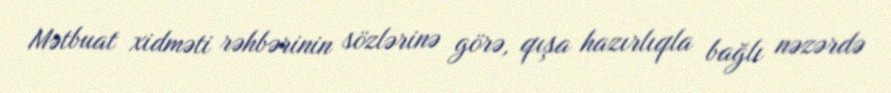
Mətbuat xidməti rəhbərinin sözlərinə görə, qışa hazırlıqla bağlı nəzərdə